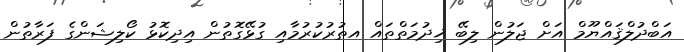
އަބްދުލްޤައްޔޫމް އަށް ޖަލުން ލިބޭ ޚިދުމަތްތައް އތުރުކުރުމާއި ގުޅޭގޮތުން އިދިކޮޅު ކޯލިޝަންގެ ފަރާތުން